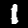
Digit: 1